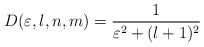
\begin{align*}D(\varepsilon,l,n,m)=\frac{1}{\varepsilon^2+(l+1)^2} \end{align*}